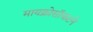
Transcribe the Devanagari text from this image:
मायक्रोसॉफटने